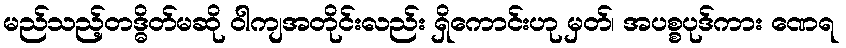
မည်သည့်တဒ္ဓိတ်မဆို ဝါကျအတိုင်းလည်း ရှိကောင်းဟု မှတ်၊ အပစ္စပုဒ်ကား ဏေရ